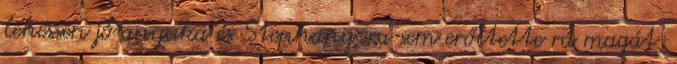
lehessen jó anyuka és Stephany-ra sem erőltette rá magát,